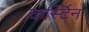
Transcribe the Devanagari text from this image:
कर्स्टिन